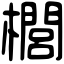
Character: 櫚